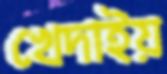
খেদাইয়